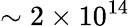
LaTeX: \sim 2\times 10^{14}